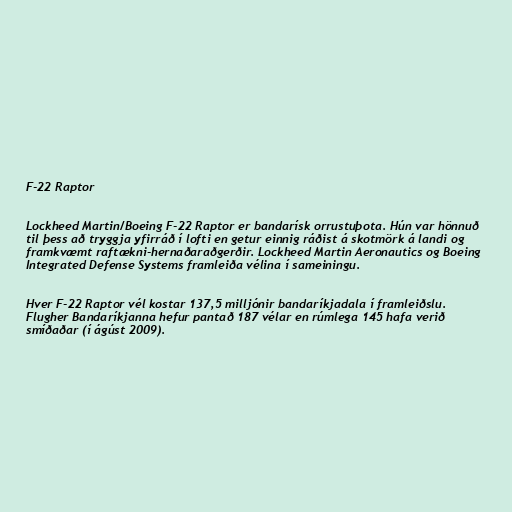
F-22 Raptor

Lockheed Martin/Boeing F-22 Raptor er bandarísk orrustuþota. Hún var hönnuð
til þess að tryggja yfirráð í lofti en getur einnig ráðist á skotmörk á landi og
framkvæmt raftækni-hernaðaraðgerðir. Lockheed Martin Aeronautics og Boeing
Integrated Defense Systems framleiða vélina í sameiningu.

Hver F-22 Raptor vél kostar 137,5 milljónir bandaríkjadala í framleiðslu.
Flugher Bandaríkjanna hefur pantað 187 vélar en rúmlega 145 hafa verið
smíðaðar (í ágúst 2009).